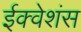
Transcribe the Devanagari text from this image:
ईक्वेशंस